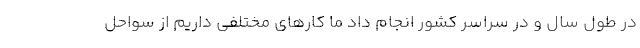
در طول سال و در سراسر کشور انجام داد ما کارهای مختلفی داریم از سواحل